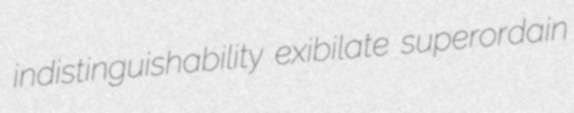
indistinguishability exibilate superordain